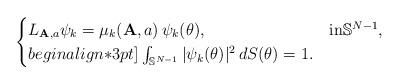
LaTeX: \begin{align*} \begin{cases}L_{{\mathbf{A}},a}\psi_{k}=\mu_k({\mathbf{A}},a)\,\psi_k(\theta), & \text{in}{\mathbb{S}}^{N-1}, \\begin{align*}3pt]\int_{{\mathbb{S}}^{N-1}}|\psi_k(\theta)|^2\,dS(\theta)=1. &\end{cases}\end{align*}